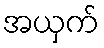
အယှက်